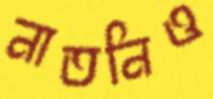
নাতনিও